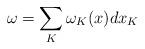
LaTeX: \begin{align*} \omega=\sum _K \omega_K(x) dx_K\end{align*}